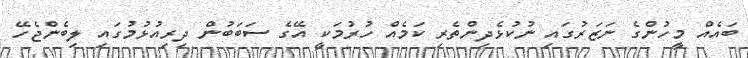
ބައެއް މީހުންގެ ނަޒަރުގައި ނުކުޅެދިންތެރި ކަމެއް ހުރުމަކީ އޭގެ ސަބަބުން ދިރިއުޅުމުގައި ލިބެންޖެހޭ